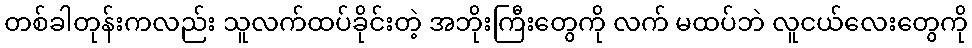
တစ်ခါတုန်းကလည်း သူလက်ထပ်ခိုင်းတဲ့ အဘိုးကြီးတွေကို လက် မထပ်ဘဲ လူငယ်လေးတွေကို